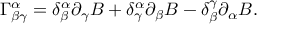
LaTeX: \Gamma _ { \beta \gamma } ^ { \alpha } = \delta _ { \beta } ^ { \alpha } \partial _ { \gamma } B + \delta _ { \gamma } ^ { \alpha } \partial _ { \beta } B - \delta _ { \beta } ^ { \gamma } \partial _ { \alpha } B .